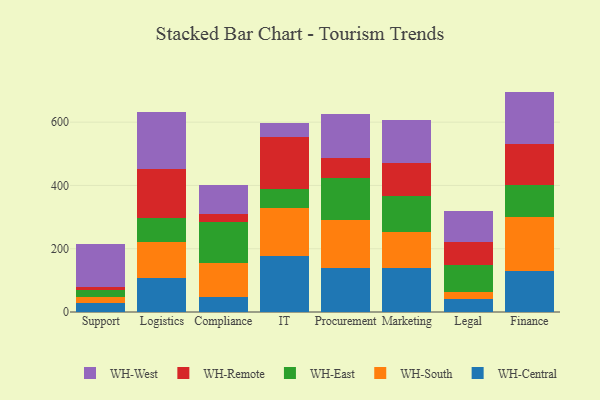
{"axis": {"x": "Department", "y": "Latency (ms)"}, "legend": ["WH-Central", "WH-East", "WH-Remote", "WH-South", "WH-West"], "data": [{"x": "Support", "y": 26.9, "type": "WH-Central"}, {"x": "Support", "y": 21.7, "type": "WH-South"}, {"x": "Support", "y": 22.5, "type": "WH-East"}, {"x": "Support", "y": 6.8, "type": "WH-Remote"}, {"x": "Support", "y": 135.9, "type": "WH-West"}, {"x": "Logistics", "y": 107.3, "type": "WH-Central"}, {"x": "Logistics", "y": 113.4, "type": "WH-South"}, {"x": "Logistics", "y": 77.0, "type": "WH-East"}, {"x": "Logistics", "y": 153.2, "type": "WH-Remote"}, {"x": "Logistics", "y": 179.9, "type": "WH-West"}, {"x": "Compliance", "y": 48.9, "type": "WH-Central"}, {"x": "Compliance", "y": 106.4, "type": "WH-South"}, {"x": "Compliance", "y": 129.7, "type": "WH-East"}, {"x": "Compliance", "y": 26.3, "type": "WH-Remote"}, {"x": "Compliance", "y": 90.5, "type": "WH-West"}, {"x": "IT", "y": 175.7, "type": "WH-Central"}, {"x": "IT", "y": 154.2, "type": "WH-South"}, {"x": "IT", "y": 58.0, "type": "WH-East"}, {"x": "IT", "y": 166.1, "type": "WH-Remote"}, {"x": "IT", "y": 43.8, "type": "WH-West"}, {"x": "Procurement", "y": 138.3, "type": "WH-Central"}, {"x": "Procurement", "y": 151.2, "type": "WH-South"}, {"x": "Procurement", "y": 133.8, "type": "WH-East"}, {"x": "Procurement", "y": 63.5, "type": "WH-Remote"}, {"x": "Procurement", "y": 140.3, "type": "WH-West"}, {"x": "Marketing", "y": 139.2, "type": "WH-Central"}, {"x": "Marketing", "y": 113.4, "type": "WH-South"}, {"x": "Marketing", "y": 114.1, "type": "WH-East"}, {"x": "Marketing", "y": 103.9, "type": "WH-Remote"}, {"x": "Marketing", "y": 135.1, "type": "WH-West"}, {"x": "Legal", "y": 42.2, "type": "WH-Central"}, {"x": "Legal", "y": 19.8, "type": "WH-South"}, {"x": "Legal", "y": 87.1, "type": "WH-East"}, {"x": "Legal", "y": 71.9, "type": "WH-Remote"}, {"x": "Legal", "y": 98.6, "type": "WH-West"}, {"x": "Finance", "y": 128.9, "type": "WH-Central"}, {"x": "Finance", "y": 170.8, "type": "WH-South"}, {"x": "Finance", "y": 100.5, "type": "WH-East"}, {"x": "Finance", "y": 131.9, "type": "WH-Remote"}, {"x": "Finance", "y": 164.5, "type": "WH-West"}]}